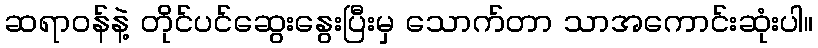
ဆရာဝန်နဲ့ တိုင်ပင်ဆွေးနွေးပြီးမှ သောက်တာ သာအကောင်းဆုံးပါ။